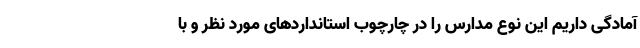
آمادگی داریم این نوع مدارس را در چارچوب استانداردهای مورد نظر و با